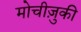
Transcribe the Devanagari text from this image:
मोचीज़ुकी